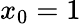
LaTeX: x_{0}=1